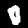
Label: 0